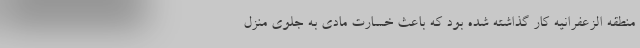
منطقه الزعفرانیه کار گذاشته شده بود که باعث خسارت مادی به جلوی منزل